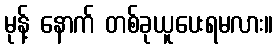
မုန့် နောက် တစ်ခုယူပေးရမလား။